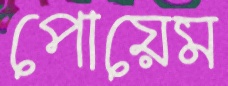
পোয়েম